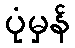
ပုံမှန်